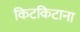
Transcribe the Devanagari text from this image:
किटकिटाना